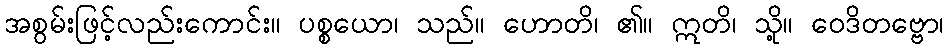
အစွမ်းဖြင့်လည်းကောင်း။ ပစ္စယော၊ သည်။ ဟောတိ၊ ၏။ ဣတိ၊ သို့။ ဝေဒိတဗ္ဗော၊